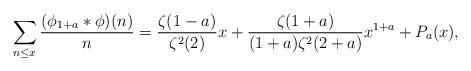
LaTeX: \begin{align*} \sum_{n\leq x} \frac{(\phi_{1+a}*\phi)(n)}{n} &=\frac{\zeta(1-a)}{\zeta^{2}(2)}x + \frac{\zeta(1+a)}{(1+a)\zeta^{2}(2+a)} x^{1+a} + P_{a}(x), \end{align*}